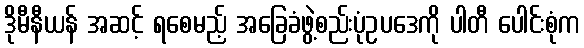
ဒိုမီနီယန် အဆင့် ရစေမည့် အခြေခံဖွဲ့စည်းပုံဥပဒေကို ပါတီ ပေါင်းစုံက